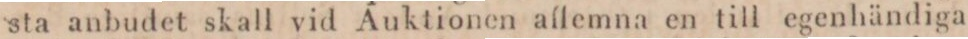
sta anbudet skall vid Auktionen allemna en till egenhändiga